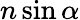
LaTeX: n\sin\alpha